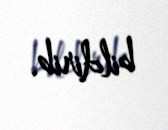
bildirib.